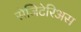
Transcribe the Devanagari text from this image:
सेजिटेरिअस